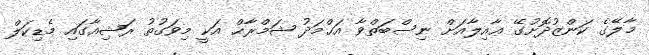
މާލޭގެ ކަންޒުދޮށުގޭ ޢާއިލާއަށް ނިސްބަތްވާ އަޙްމަދު ޝަމްރާޙް އަކީ މިވަގުތު ރަޝިއާގައި މެޑިކަލް